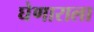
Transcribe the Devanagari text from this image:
घेणाराला